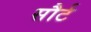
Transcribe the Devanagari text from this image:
सौर्ट